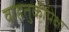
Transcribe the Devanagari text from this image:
वाहतुकीपेक्षा